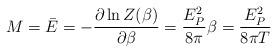
LaTeX: \begin{align*}M = \bar E = - {\partial \ln Z(\beta)\over \partial \beta} = {E_P^2 \over 8\pi} \beta = {E_P^2\over 8\pi T}\end{align*}